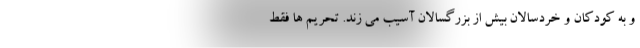
و به کودکان و خردسالان بیش از بزرگسالان آسیب می زند. تحریم ها فقط